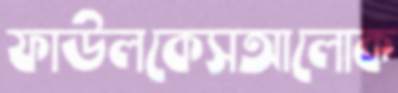
ফাউলকেসআলোক